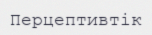
Перцептивтік